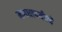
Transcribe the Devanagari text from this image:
मगधापर्यंतचे